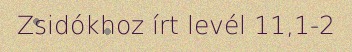
Zsidókhoz írt levél 11,1-2